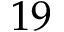
1 9